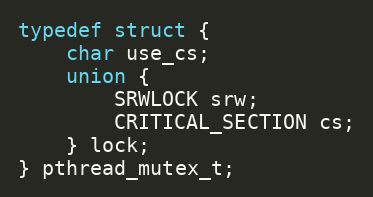
Language: C
typedef struct {
    char use_cs;
    union {
        SRWLOCK srw;
        CRITICAL_SECTION cs;
    } lock;
} pthread_mutex_t;